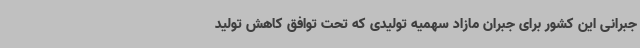
جبرانی این کشور برای جبران مازاد سهمیه تولیدی که تحت توافق کاهش تولید